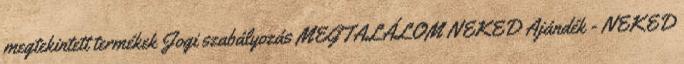
megtekintett termékek Jogi szabályozás MEGTALÁLOM NEKED Ajándék - NEKED